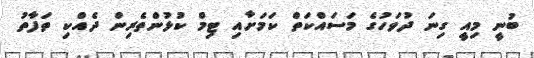
ބުނީ މިއީ ގިނަ ދުވަހުގެ މަސައްކަތް ކަމަށާއި ޓިމް ކުޅުންތެރިން ދެއްކި ތަފާތު